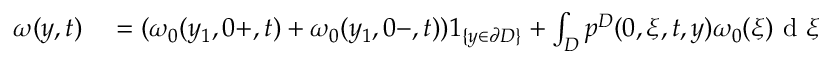
\begin{array} { r l } { \omega ( y , t ) } & { { } = ( \omega _ { 0 } ( y _ { 1 } , 0 + , t ) + \omega _ { 0 } ( y _ { 1 } , 0 - , t ) ) 1 _ { \{ y \in \partial D \} } + \int _ { D } p ^ { D } ( 0 , \xi , t , y ) \omega _ { 0 } ( \xi ) \textrm { d } \xi } \end{array}